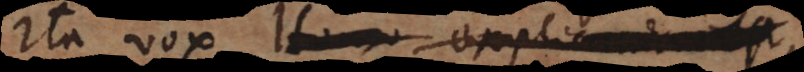
Ita vox Homo explicanda es